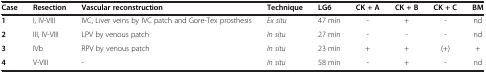
<table><thead><tr><td><b>Case</b></td><td><b>Resection</b></td><td><b>Vascular reconstruction</b></td><td><b>Technique</b></td><td><b>LG6</b></td><td><b>CK + A</b></td><td><b>CK + B</b></td><td><b>CK + C</b></td><td><b>BM</b></td></tr></thead><tbody><tr><td><b>1</b></td><td>I, IV-VIII</td><td>IVC, Liver veins by IVC patch and Gore-Tex prosthesis</td><td><i>Ex situ</i></td><td>47 min</td><td>-</td><td>+</td><td>-</td><td>nd</td></tr><tr><td><b>2</b></td><td>III, IV-VIII</td><td>LPV by venous patch</td><td><i>In situ</i></td><td>27 min</td><td>-</td><td>-</td><td>-</td><td>nd</td></tr><tr><td><b>3</b></td><td>IVb</td><td>RPV by venous patch</td><td><i>In situ</i></td><td>23 min</td><td>+</td><td>+</td><td>(+)</td><td>+</td></tr><tr><td><b>4</b></td><td>V-VIII</td><td>-</td><td><i>In situ</i></td><td>58 min</td><td>-</td><td>+</td><td>-</td><td>nd</td></tr></tbody></table>